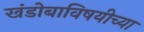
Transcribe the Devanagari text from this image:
खंडोबाविषयीच्या